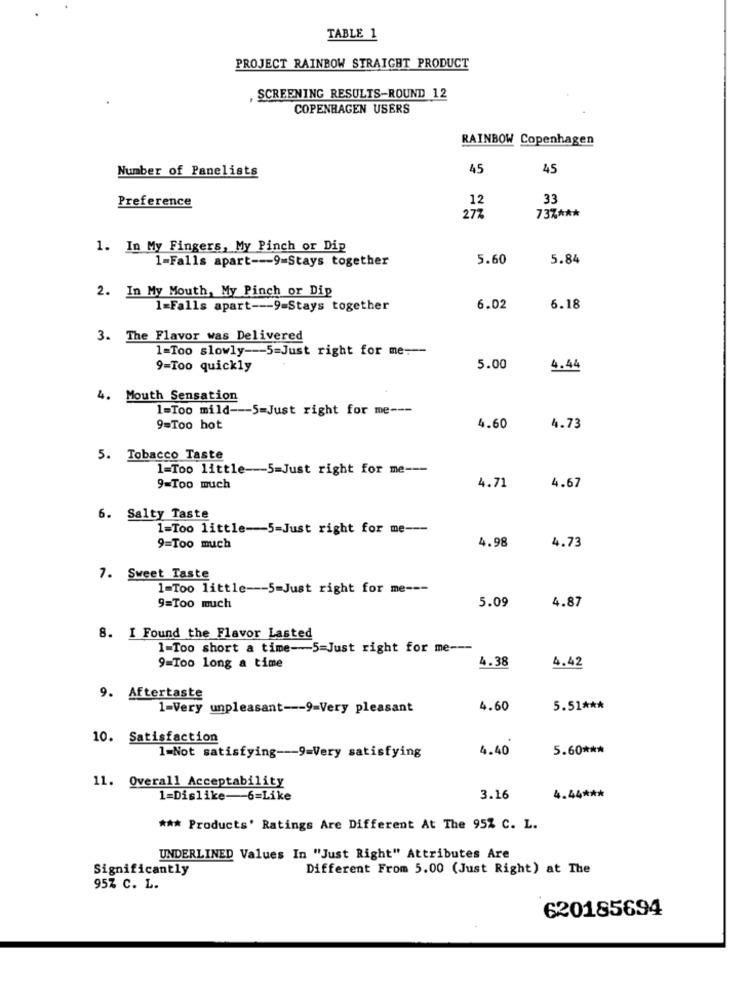
TABLE 1
PROJECT RAINBOW STRAIGHT PRODUCT
, SCREENING RESULTS-ROUND 12
COPENHAGEN USERS
RAINBOW Copenhagen
Number of Panelists
45
45
12
33
Preference
27%
73% ***
1. In My Fingers, My Pinch or Dip
1-Falls apart --- 9=Stays together
5.60
5.84
2. In My Mouth, My Pinch or Dip
1=Falls apart --- 9=Stays together
6.02
6.18
3. The Flavor was Delivered
1=Too slowly --- 5=Just right for me ---
9=Too quickly
5.00
4.44
4. Mouth Sensation
1=Too mild --- 5=Just right for me ---
9=Too hot
4.60
4.73
5. Tobacco Taste
1=Too little-5=Just right for me ---
4.71
9=Too much
4.67
6. Salty Taste
1=Too little -- 5-Just right for me ---
9=Too much
4.98
4.73
7. Sweet Taste
1-Too little --- 5-Just right for me ---
5.09
4.87
9=Too much
8. I Found the Flavor Lasted
1-Too short a time-5=Just right for me ---
4.38
9=Too long a time
4.42
9. Aftertaste
1=Very unpleasant --- 9=Very pleasant
4.60
5.51 ***
10. Satisfaction
4.40
5.60 ***
1-Not satisfying --- 9=Very satisfying
11. Overall Acceptability
1=Dislike-6=Like
3.16
4.44 ***
*** Products' Ratings Are Different At The 95% C. L.
UNDERLINED Values In "Just Right" Attributes Are
Significantly
Different From 5.00 (Just Right) at The
95% C. L.
620185694